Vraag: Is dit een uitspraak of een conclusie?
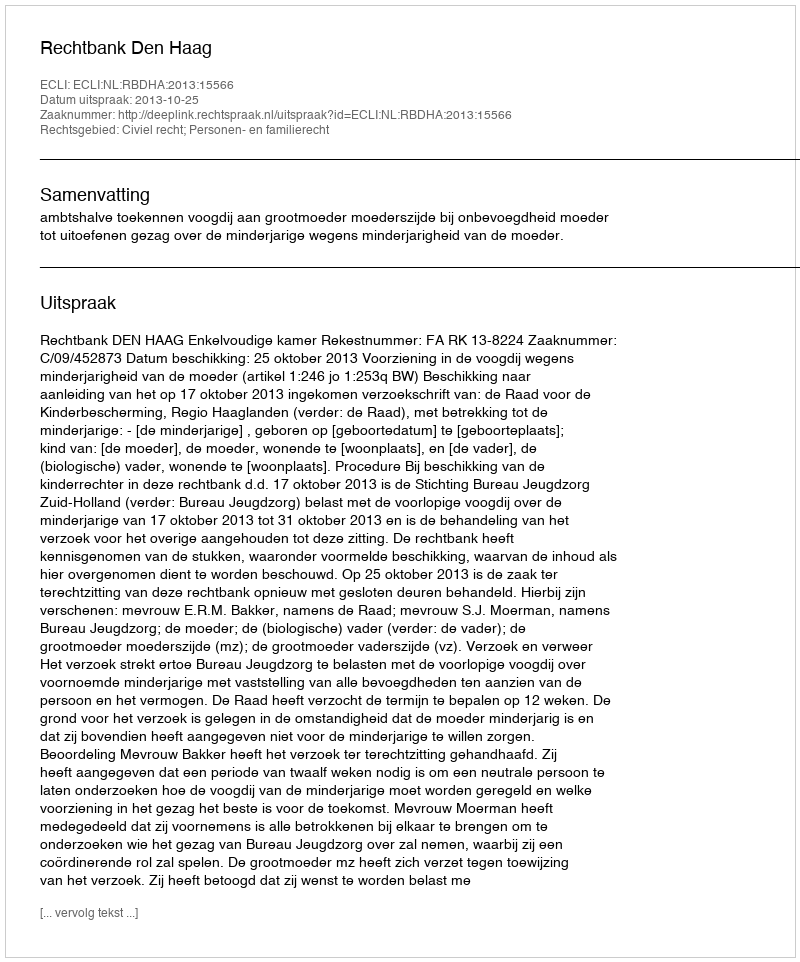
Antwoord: Uitspraak